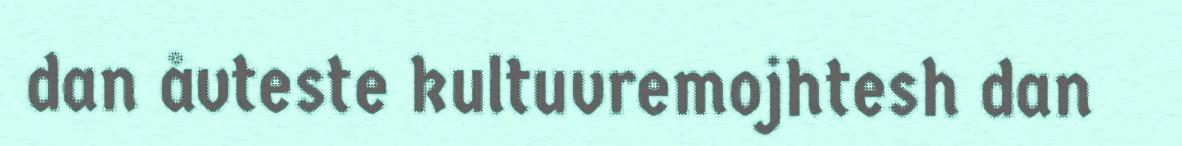
dan åvteste kultuvremojhtesh dan